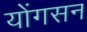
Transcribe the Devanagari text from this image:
योंगसन